Training of teachers. Junior students, 1910
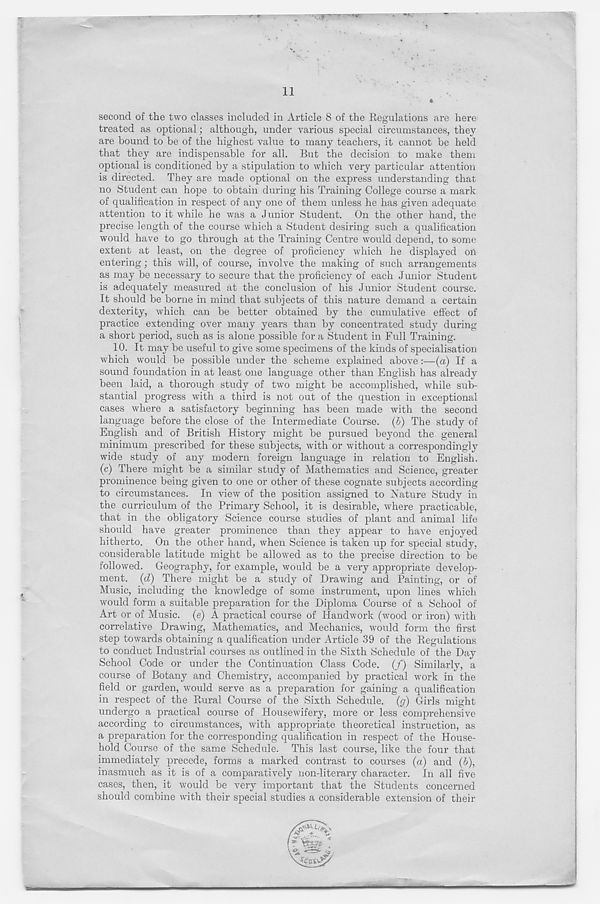
11
second of the two classes included in Article 8 of the Regulations are here 1
treated as optional; although, under various special circumstances, they
are bound to be of the highest value to many teachers, it cannot be held
that they are indispensable for all. But the decision to make them
optional is conditioned by a stipulation to which very particular attention
is directed. They are made optional on the express understanding that
no Student can hope to obtain during his Training College course a mark
of qualification in respect of any one of them unless he has given adequate
attention to it while he was a Junior Student. On the other hand, the
precise length of the course which a Student desiring such a qualification
would have to go through at the Training Centre would depend, to some
extent at least, on the degree of proficiency which he displayed on
entering; this will, of course, involve the making of such arrangements
as may be necessary to secure that the proficiency of each Junior Student
is adequately measured at the conclusion of his Junior Student course.
It should be borne in mind that subjects of this nature demand a certain
dexterity, which can be better obtained by the cumulative effect of
practice extending over many years than by concentrated study during
a short period, such as is alone possible for a Student in Full Training.
10. It may be useful to give some specimens of the kinds of specialisation
which would be possible under the scheme explained above :—(a) If a
sound foundation in at least one language other than English has already
been laid, a thorough study of two might be accomplished, while sub-
stantial progress with a third is not out of the question in exceptional
cases where a satisfactory beginning has been made with the second
language before the close of the Intermediate Course, (b) The study of
English and of British History might be pursued beyond the general
minimum prescribed for these subjects, with or without a correspondingly
wide study of any modern foreign language in relation to English,
(c) There might be a similar study of Mathematics and Science, greater
prominence being given to one or other of these cognate subjects according
to circumstances. In view of the position assigned to Nature Study in
the curriculum of the Primary School, it is desirable, where practicable,
that in the obligatory Science course studies of plant and animal life
should have greater prominence than they appear to have enjoyed
hitherto. On the other hand, when Science is taken up for special study,
considerable latitude might be allowed as to the precise direction to be
followed. Geography, for example, would be a very appropriate develop-
ment. (d) There might be a study of Drawing and Painting, or of
Music, including the knowledge of some instrument, upon lines which
would form a suitable preparation for the Diploma Course of a School of
Art or of Music, (e) A practical course of Handwork (wood or iron) with
correlative Drawing, Mathematics, and Mechanics, would form the first
step towards obtaining a qualification under Article 39 of the Regulations
to conduct Industrial courses as outlined in the Sixth Schedule of the Day
School Code or under the Continuation Class Code. (/) Similarly, a
course of Botany and Chemistry, accompanied by practical work in the
field or garden, would serve as a preparation for gaining a qualification
in respect of the Rural Course of the Sixth Schedule, (ff) Girls might
undergo a practical course of Housewifery, more or less comprehensive
according to circumstances, with appropriate theoretical instruction, as
a preparation for the corresponding qualification in respect of the House-
hold Course of the same Schedule. This last course, like the four that
immediately precede, forms a marked contrast to courses (a) and (b),
inasmuch as it is of a comparatively non-literary character. In all five
cases, then, it would be very important that the Students concerned
should combine with their special studies a considerable extension of their